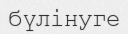
бүлінуге